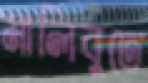
মালিবুতে